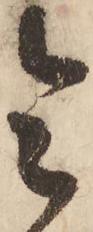
令